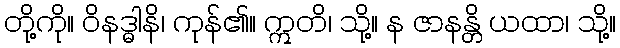
တို့ကို။ ဝိနဒ္ဓါနိ၊ ကုန်၏။ ဣတိ၊ သို့။ န ဇာနန္တိ ယထာ၊ သို့။